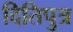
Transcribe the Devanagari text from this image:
दितिपुत्र